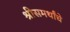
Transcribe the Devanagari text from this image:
श्रीसमर्थांचे